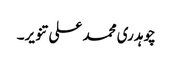
چوہدری محمد علی تنویر۔